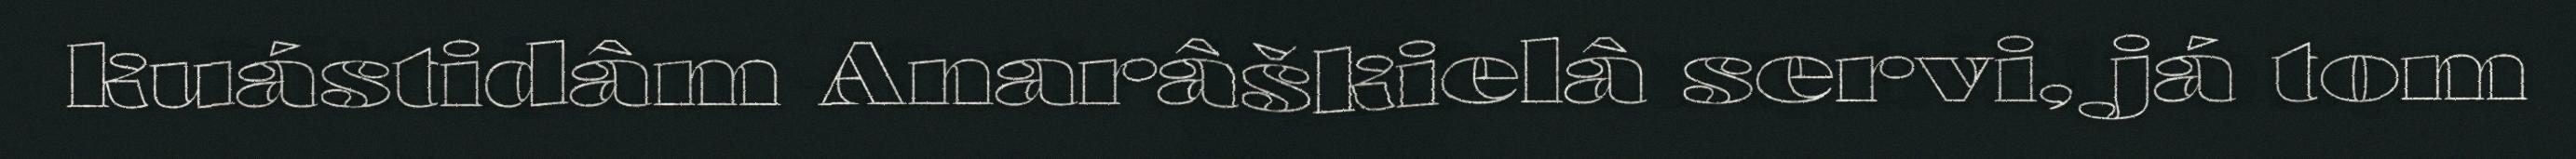
kuástidâm Anarâškielâ servi, já tom